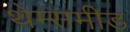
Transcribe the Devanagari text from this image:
थेम्समीड